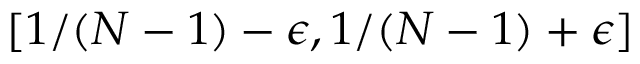
[ 1 / ( N - 1 ) - \epsilon , 1 / ( N - 1 ) + \epsilon ]